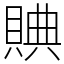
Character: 賟